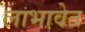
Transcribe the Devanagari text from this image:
लाभावेत